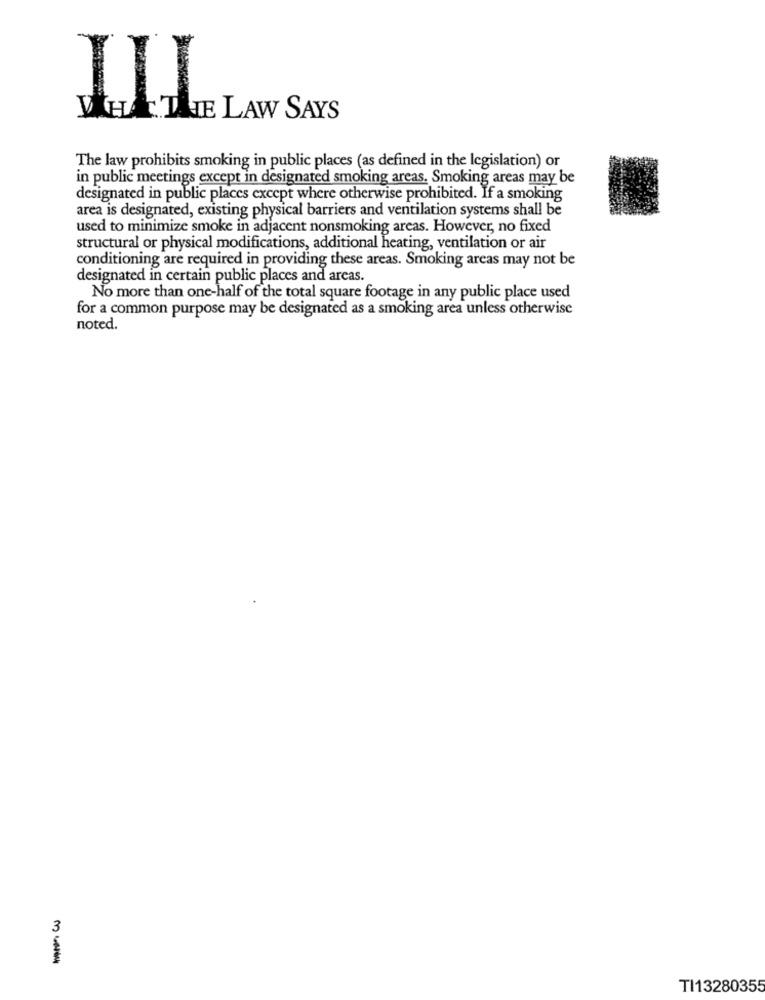
ILI
WHATATE LAW SAYS
The law prohibits smoking in public places (as defined in the legislation) or
in public meetings except in designated smoking areas. Smoking areas may be
designated in public places except where otherwise prohibited. If a smoking
area is designated, existing physical barriers and ventilation systems shall be
used to minimize smoke in adjacent nonsmoking areas. However, no fixed
structural or physical modifications, additional heating, ventilation or air
conditioning are required in providing these areas. Smoking areas may not be
designated in certain public places and areas.
No more than one-half of the total square footage in any public place used
for a common purpose may be designated as a smoking area unless otherwise
noted.
3
TI13280355